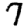
Digit: 7